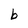
Character: b